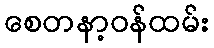
စေတနာ့ဝန်ထမ်း